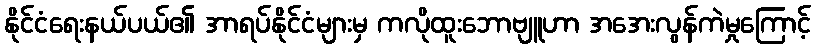
နိုင်ငံရေးနယ်ပယ်၏ အာရပ်နိုင်ငံများမှ ကလိုထူးဘောဗျူဟာ အအေးလွန်ကဲမှုကြောင့်